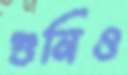
গুনিও